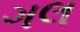
ગલ